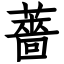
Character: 薔